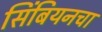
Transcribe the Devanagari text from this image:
सिंबियनचा